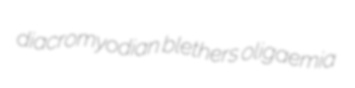
diacromyodian blethers oligaemia